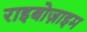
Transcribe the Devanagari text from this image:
राइबोज़ाइम